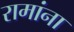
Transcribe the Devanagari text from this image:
रामांना